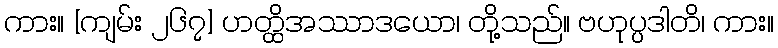
ကား။ [ကျမ်း ၂၆၇] ဟတ္ထိအဿာဒယော၊ တို့သည်။ ဗဟုပ္ပဒါတိ၊ ကား။